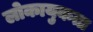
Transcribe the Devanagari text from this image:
लोकायुकता